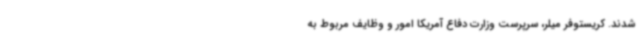
شدند. کریستوفر میلر، سرپرست وزارت دفاع آمریکا امور و وظایف مربوط به